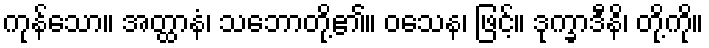
ကုန်သော။ အတ္ထာနံ၊ သဘောတို့၏။ ဝသေန၊ ဖြင့်။ ဒုက္ခာဒီနိ၊ တို့ကို။